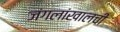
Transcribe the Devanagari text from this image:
जंगलांखालची